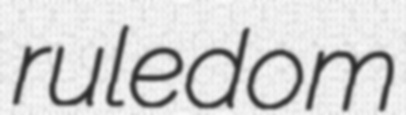
ruledom